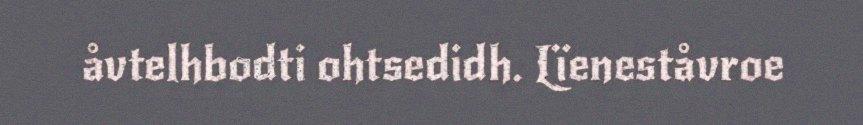
åvtelhbodti ohtsedidh. Lïeneståvroe